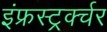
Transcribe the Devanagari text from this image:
इंफ्रस्ट्रर्क्चर